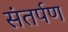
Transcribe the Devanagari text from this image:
संतर्पण